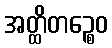
အတ္ထိတဉ္စေဝ